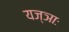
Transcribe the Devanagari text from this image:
यज्ञाः